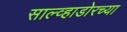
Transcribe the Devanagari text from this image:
साल्व्हाडोरच्या